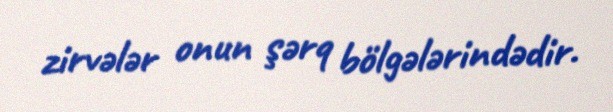
zirvələr onun şərq bölgələrindədir.